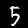
Digit: 5